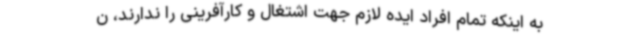
به اینکه تمام افراد ایده لازم جهت اشتغال و کارآفرینی را ندارند، ن